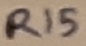
Text: R15